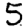
Digit: 5